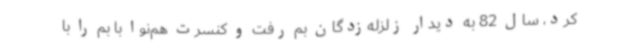
کرد، ‌سال 82 به دیدار زلزله‌زدگان بم رفت و کنسرت هم‌نوا با بم را با